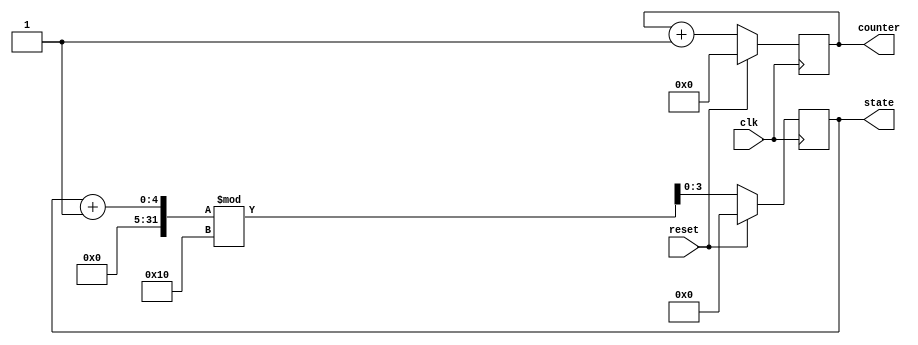
module example_module (
    input wire clk,       // Clock signal
    input wire reset,     // Reset signal (active high)
    output reg [7:0] counter, // Example internal state variable
    output reg [3:0] state    // Another internal state variable
);

    // Initial settings (if needed, can be used for simulation)
    initial begin
        counter = 8'b0; // Initialize counter
        state = 4'b0;   // Initialize state
    end

    // Synchronous reset block
    always @(posedge clk) begin
        if (reset) begin
            // Reset logic: Assign initial values to the registers
            counter <= 8'b0; // Reset counter to zero
            state <= 4'b0;   // Reset state to initial value
        end else begin
            // Normal operation logic goes here
            // Example: Increment the counter
            counter <= counter + 1;

            // Example state transition logic
            // (This is just a placeholder for your actual logic)
            state <= (state + 1) % 16; // Simple state cycling
        end
    end
endmodule